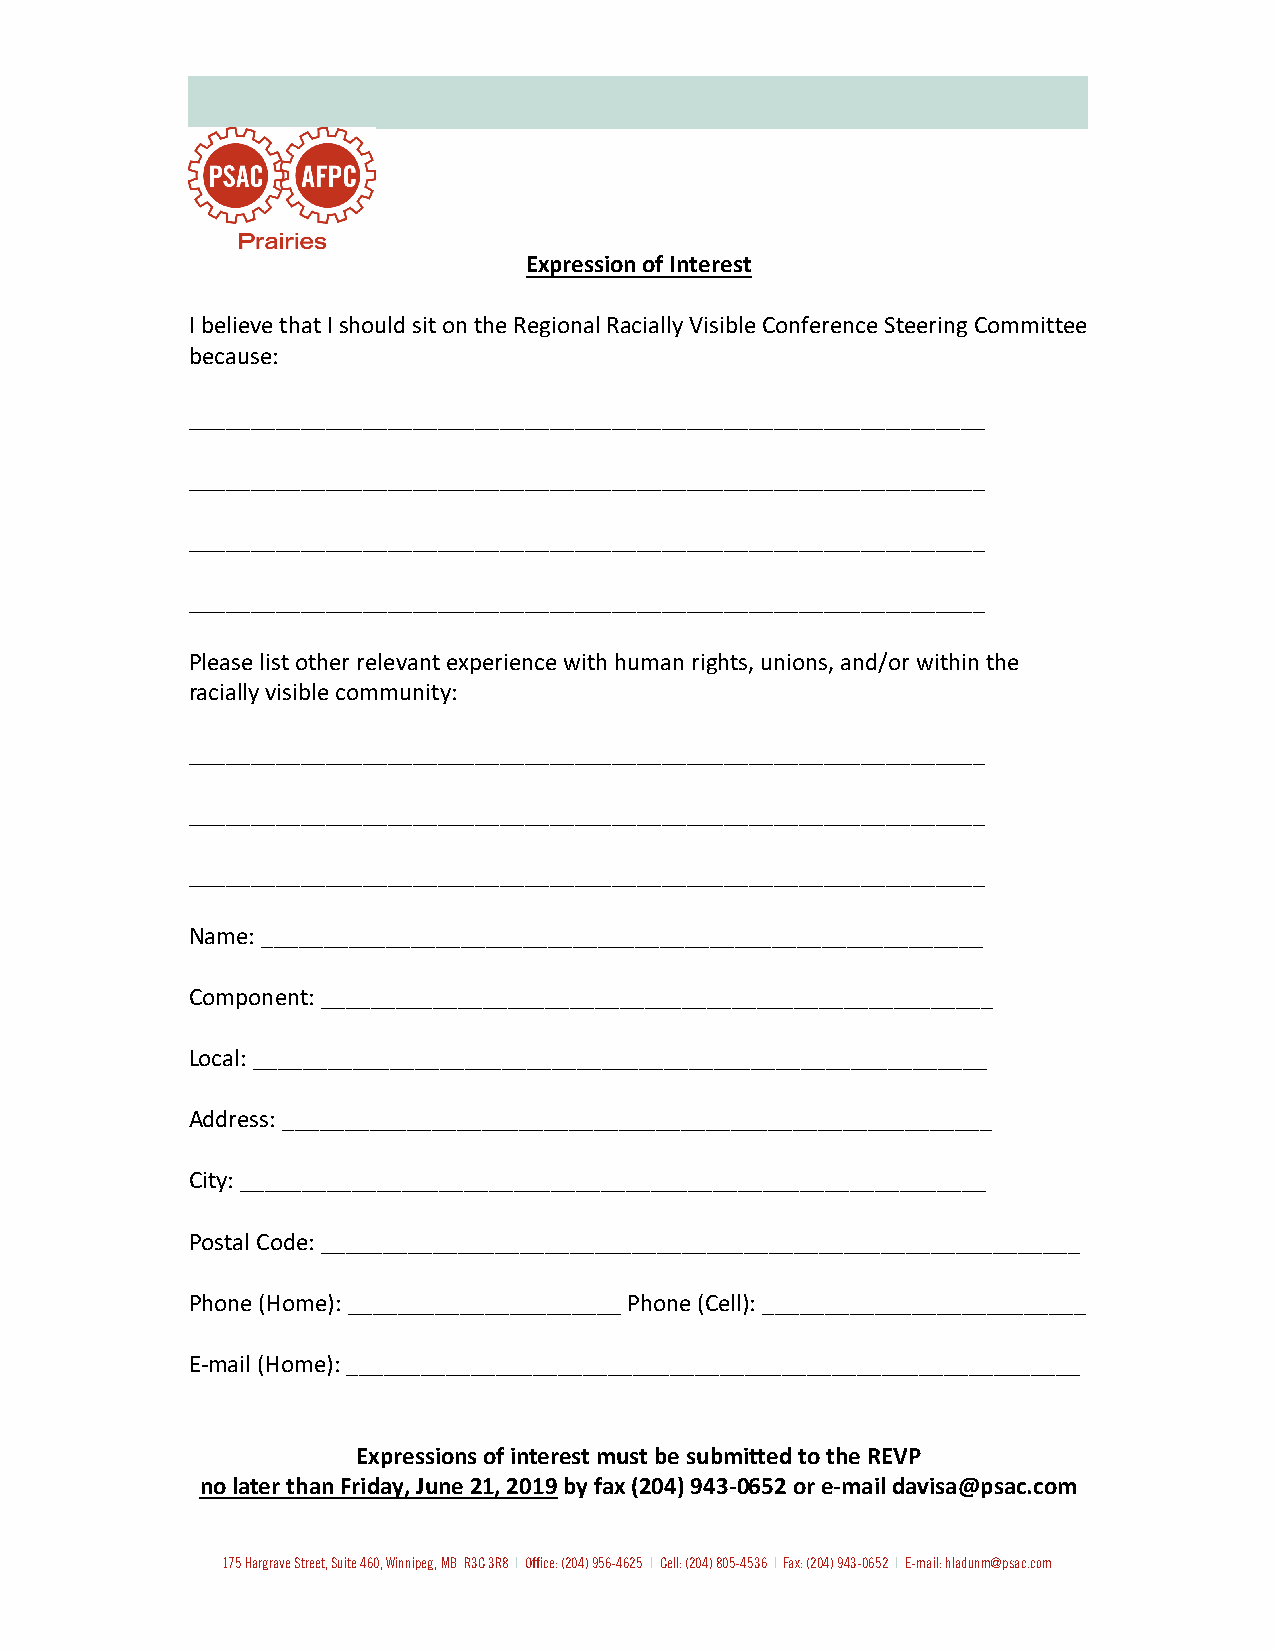
Expression of Interest
 I believe that I should sit on the Regional Racially Visible Conference Steering Committee
 because:
 ________________________________________________________________
 ________________________________________________________________
 ________________________________________________________________
 ________________________________________________________________
 Please list other relevant experience with human rights, unions, and/or within the
 racially visible community:
 ________________________________________________________________
 ________________________________________________________________
 ________________________________________________________________
 Name: __________________________________________________________
 Component: ______________________________________________________
 Local: ___________________________________________________________
 Address: _________________________________________________________
 City: ____________________________________________________________
 Postal Code: _____________________________________________________________
 Phone (Home): ______________________ Phone (Cell): __________________________
 E-mail (Home): ___________________________________________________________
 Expressions of interest must be submitted to the REVP
 no later than Friday, June 21, 2019 by fax (204) 943-0652 or e-mail davisa@psac.com
 175 Hargrave Street, Suite 460, Winnipeg, MB R3C 3R8 I Office: (204) 956-4625 I Cell: (204) 805-4536 I Fax: (204) 943-0652 I E-mail: hladunm@psac.com